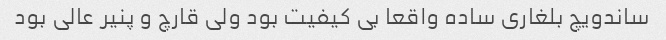
ساندویچ بلغاری ساده واقعا بی کیفیت بود ولی قارچ و پنیر عالی بود